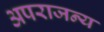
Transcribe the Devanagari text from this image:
अपराजन्य